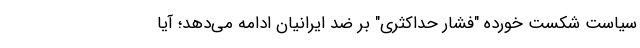
‌سیاست شکست خورده "فشار حداکثری" بر ضد ایرانیان ادامه می‌دهد؛ آیا